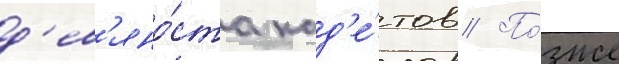
д'ев'яно́ста кад'е́тов // По́зже